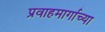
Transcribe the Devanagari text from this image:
प्रवाहमार्गाच्या